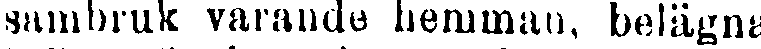
sambruk varande hemman, belägna